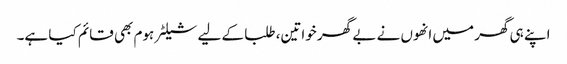
اپنے ہی گھر میں انھوں نے بے گھر خواتین، طلبا کے لیے شیلٹر ہوم بھی قائم کیا ہے۔